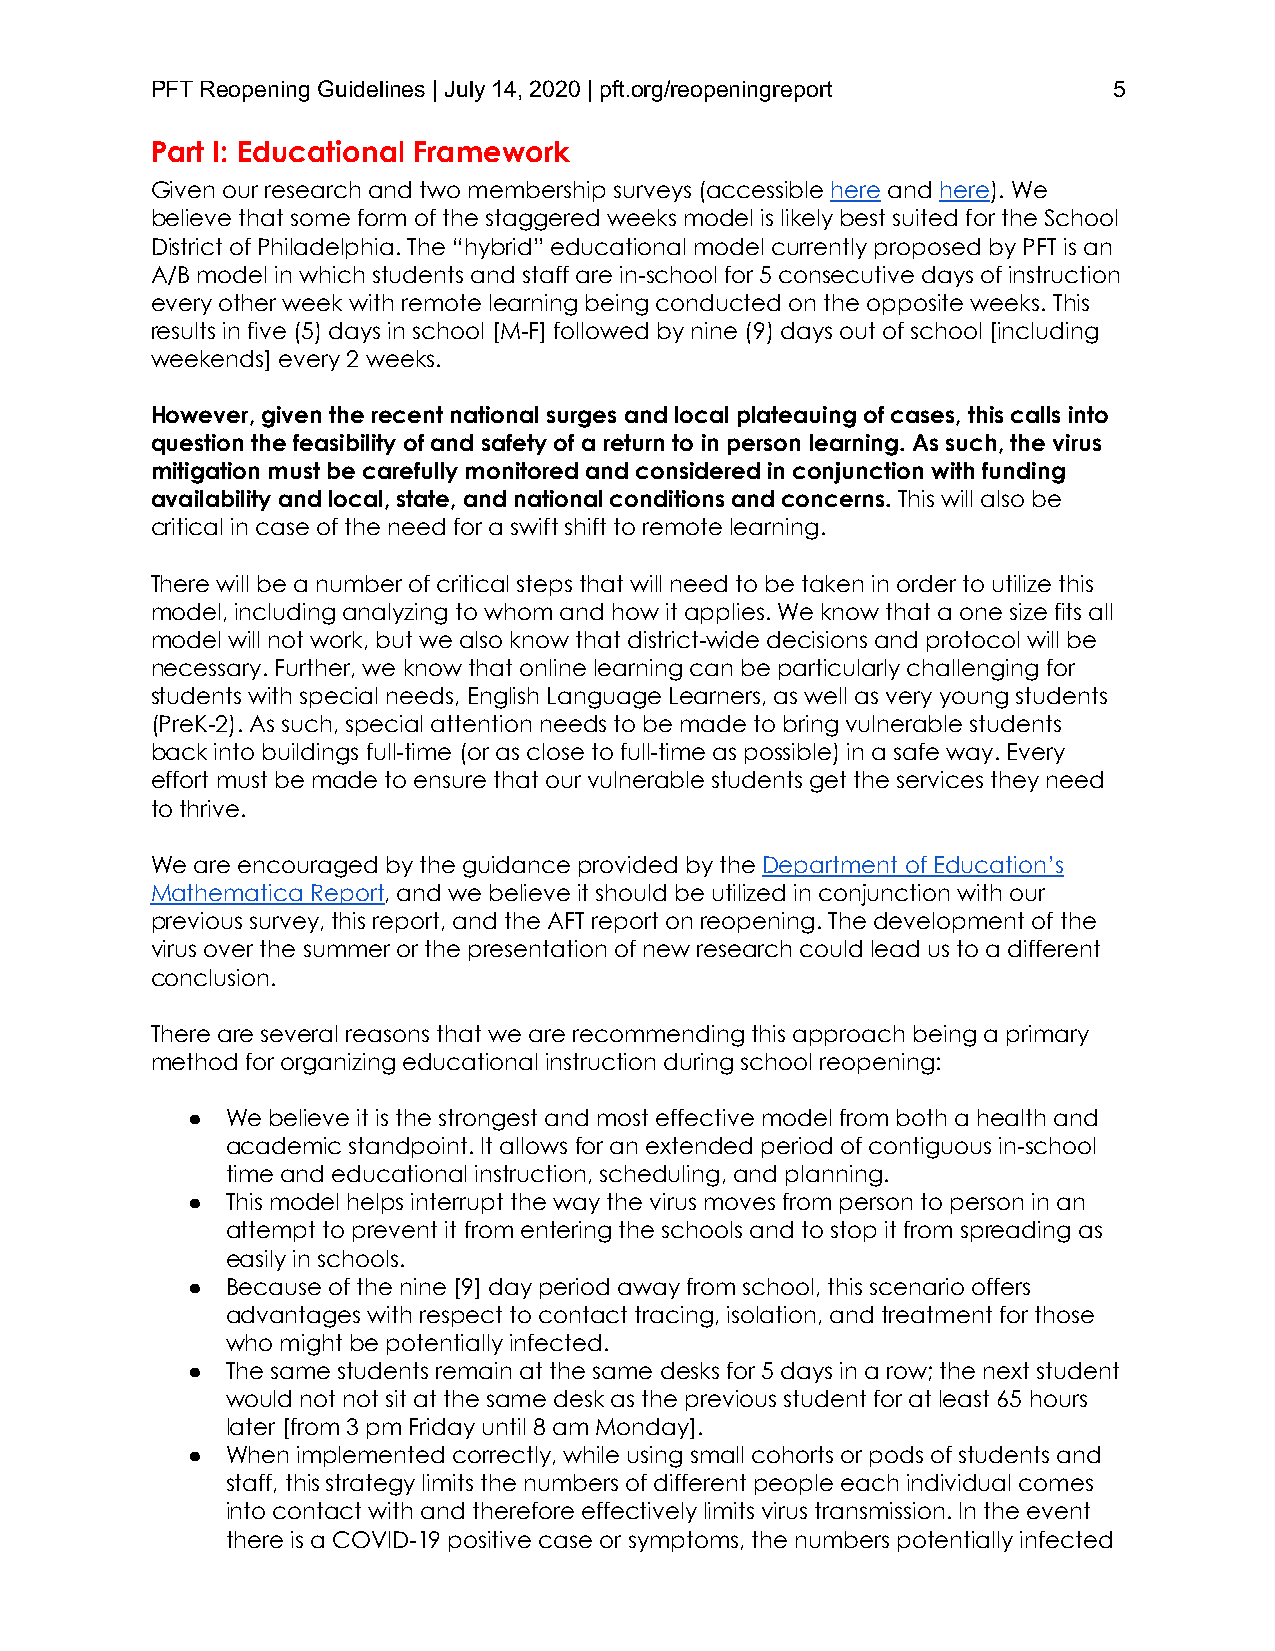
PFT Reopening Guidelines | July 14, 2020 | pft.org/reopeningreport 5
 Part I: Educational Framework
 Given our research and two membership surveys (accessible here and here). We
 believe that some form of the staggered weeks model is likely best suited for the School
 District of Philadelphia. The “hybrid” educational model currently proposed by PFT is an
 A/B model in which students and staff are in-school for 5 consecutive days of instruction
 every other week with remote learning being conducted on the opposite weeks. This
 results in five (5) days in school [M-F] followed by nine (9) days out of school [including
 weekends] every 2 weeks.
 However, given the recent national surges and local plateauing of cases, this calls into
 question the feasibility of and safety of a return to in person learning. As such, the virus
 mitigation must be carefully monitored and considered in conjunction with funding
 availability and local, state, and national conditions and concerns. This will also be
 critical in case of the need for a swift shift to remote learning.
 There will be a number of critical steps that will need to be taken in order to utilize this
 model, including analyzing to whom and how it applies. We know that a one size fits all
 model will not work, but we also know that district-wide decisions and protocol will be
 necessary. Further, we know that online learning can be particularly challenging for
 students with special needs, English Language Learners, as well as very young students
 (PreK-2). As such, special attention needs to be made to bring vulnerable students
 back into buildings full-time (or as close to full-time as possible) in a safe way. Every
 effort must be made to ensure that our vulnerable students get the services they need
 to thrive.
 We are encouraged by the guidance provided by the Department of Education’s
 Mathematica Report, and we believe it should be utilized in conjunction with our
 previous survey, this report, and the AFT report on reopening. The development of the
 virus over the summer or the presentation of new research could lead us to a different
 conclusion.
 There are several reasons that we are recommending this approach being a primary
 method for organizing educational instruction during school reopening:
 ●  We believe it is the strongest and most effective model from both a health and
 academic standpoint. It allows for an extended period of contiguous in-school
 time and educational instruction, scheduling, and planning.
 ●  This model helps interrupt the way the virus moves from person to person in an
 attempt to prevent it from entering the schools and to stop it from spreading as
 easily in schools.
 ●  Because of the nine [9] day period away from school, this scenario offers
 advantages with respect to contact tracing, isolation, and treatment for those
 who might be potentially infected.
 ●  The same students remain at the same desks for 5 days in a row; the next student
 would not not sit at the same desk as the previous student for at least 65 hours
 later [from 3 pm Friday until 8 am Monday].
 ●  When implemented correctly, while using small cohorts or pods of students and
 staff, this strategy limits the numbers of different people each individual comes
 into contact with and therefore effectively limits virus transmission. In the event
 there is a COVID-19 positive case or symptoms, the numbers potentially infected